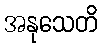
အနုသေတိ